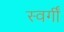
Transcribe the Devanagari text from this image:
स्वर्गीं